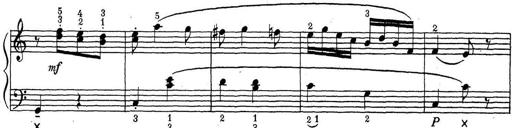
Title: ÄŒeskÃ© Sonatiny
Composer: Various